Lunatic asylums Punjab 1868-1880 - 1868-1880
Year: 1868
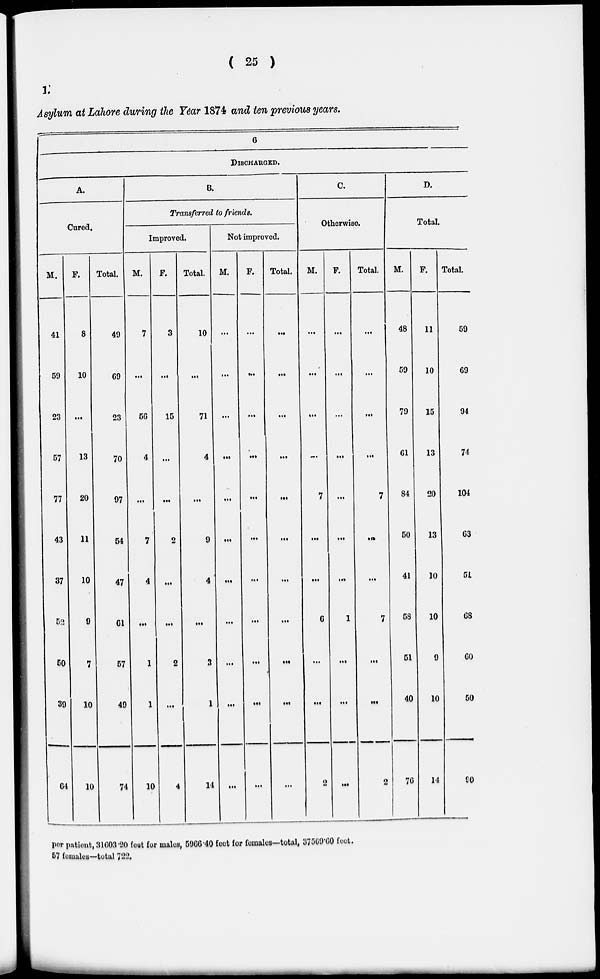
( 25 )
1.
Asylum at Lahore during the Year 1874 and ten previous years.
6
DISCHARGED.
A.
Cured.
M.
41
59
23
57
77
43
37
52
50
39
64
F.
8
10
...
13
20
11
10
9
7
10
10
Total.
49
69
23
70
97
54
47
61
57
49
74
B.
Transferred to friends.
Improved.
M.
7
...
56
4
...
7
4
...
1
1
10
F.
3
...
15
...
...
2
...
...
2
...
4
Total.
10
...
71
4
...
9
4
...
3
1
14
Not improved.
M.
...
...
...
...
...
...
...
...
...
...
...
F.
...
...
...
...
...
...
...
...
...
...
...
Total.
...
...
...
...
...
...
...
...
...
...
...
C.
Otherwise.
M.
...
...
...
...
7
...
...
6
...
...
2
F.
...
...
...
...
...
...
...
1
...
...
...
Total.
...
...
...
...
7
...
...
7
...
...
2
D.
Total.
M.
48
59
79
61
84
50
41
58
51
40
76
F.
11
10
15
13
20
13
10
10
9
10
14
Total.
59
69
94
74
104
63
51
68
60
50
90
per patient, 31603.20 feet for males, 5966.40 feet for females—total, 37569.00 feet.
57 females—total 722.